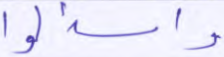
واسألوا